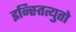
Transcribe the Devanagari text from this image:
इन्स्तित्युतो